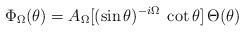
LaTeX: \begin{align*}\Phi_\Omega(\theta)= A_\Omega [(\sin\theta)^{-i \Omega}\;\cot \theta]\, \Theta(\theta)\end{align*}